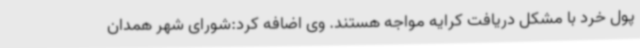
پول خرد با مشکل دریافت کرایه مواجه هستند. وی اضافه کرد:شورای شهر همدان